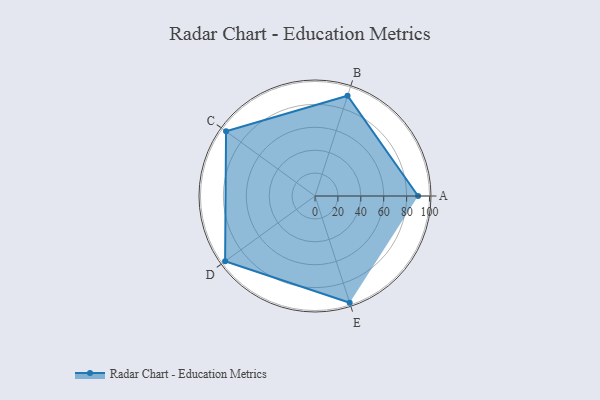
{"axis": {"x": "Skill", "y": "Score"}, "legend": ["Profile"], "data": [{"x": "A", "y": 90.0, "type": "Profile"}, {"x": "B", "y": 92.0, "type": "Profile"}, {"x": "C", "y": 96.0, "type": "Profile"}, {"x": "D", "y": 97.0, "type": "Profile"}, {"x": "E", "y": 98.0, "type": "Profile"}]}